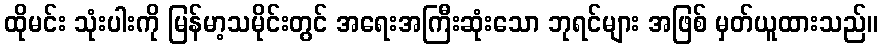
ထိုမင်း သုံးပါးကို မြန်မာ့သမိုင်းတွင် အရေးအကြီးဆုံးသော ဘုရင်များ အဖြစ် မှတ်ယူထားသည်။